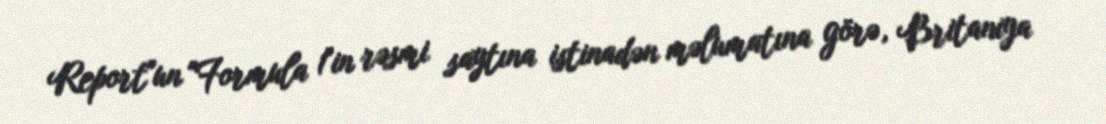
Report"un "Formula 1"in rəsmi saytına istinadən məlumatına görə, Britaniya